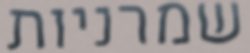
שמרניות